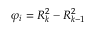
\varphi _ { i } = R _ { k } ^ { 2 } - R _ { k - 1 } ^ { 2 }